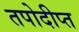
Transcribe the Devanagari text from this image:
तपोदीप्त